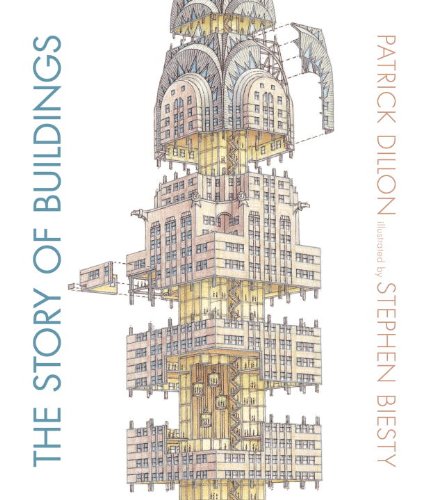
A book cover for The Story of Buildings: From the Pyramids to the Sydney Opera House and Beyond; Patrick Dillon; Children's Books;